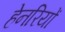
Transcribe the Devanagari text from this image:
हेनरियों